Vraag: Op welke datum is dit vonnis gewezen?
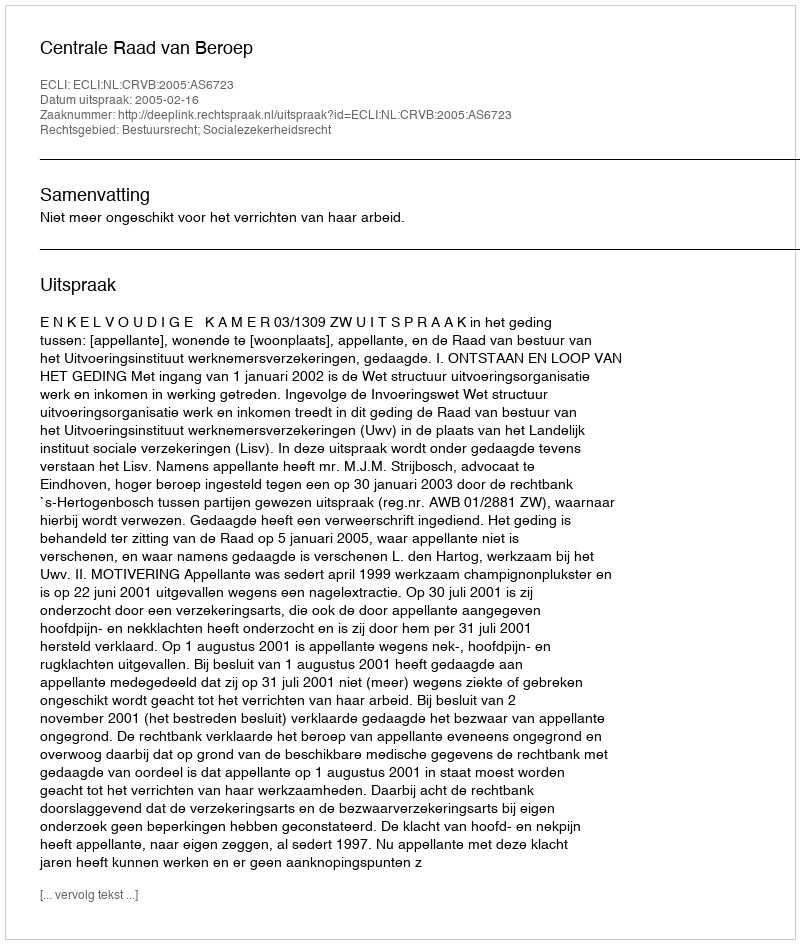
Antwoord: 2005-02-16